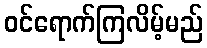
ဝင်ရောက်ကြလိမ့်မည်